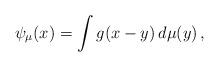
LaTeX: \begin{align*}\psi_\mu(x) = \int g(x-y) \,d\mu(y)\,,\end{align*}